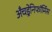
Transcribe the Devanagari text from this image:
अँचड्रेनिफॉर्मिस